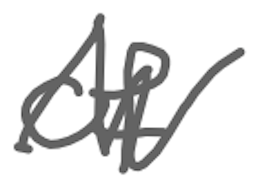
Text: of
Cross-out: zig-zag
Writing tool: digital_gray